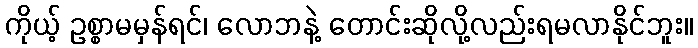
ကိုယ့် ဥစ္စာမမှန်ရင်၊ လောဘနဲ့ တောင်းဆိုလို့လည်းရမလာနိုင်ဘူး။